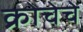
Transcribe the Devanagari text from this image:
क्रोचेचे